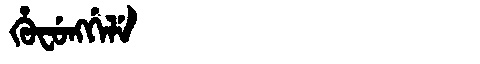
Manchu: ᡥᡠᠸᡠᠩᡤᡝᠯᡝ
Romanization: HUFUNGGELE